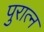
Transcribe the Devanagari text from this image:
पुरात्न